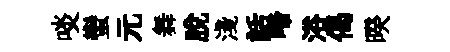
啖蠻元舞脱淺話啼浴偈暌